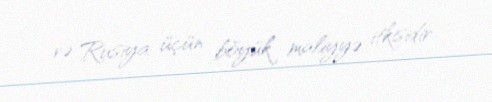
və Rusiya üçün böyük maliyyə itkisidir.